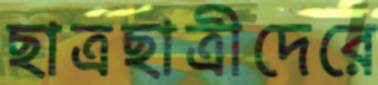
ছাত্রছাত্রীদেরে